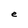
Character: e